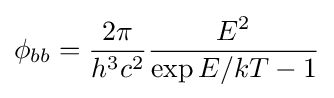
\phi _{bb}={\frac {2\pi }{h^{3}c^{2}}}{\frac {E^{2}}{\exp {E/kT}-1}}